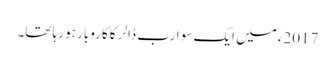
2017ء میں ایک سو ارب ڈالر کا کاروبار ہو رہا تھا۔